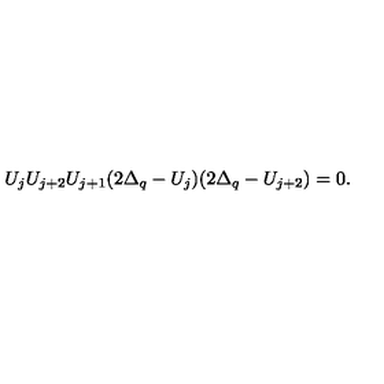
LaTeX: U _ { j } U _ { j + 2 } U _ { j + 1 } ( 2 \Delta _ { q } - U _ { j } ) ( 2 \Delta _ { q } - U _ { j + 2 } ) = 0 .